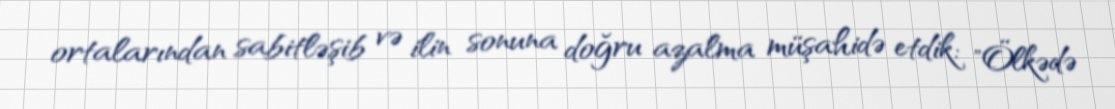
ortalarından sabitləşib və ilin sonuna doğru azalma müşahidə etdik: "Ölkədə